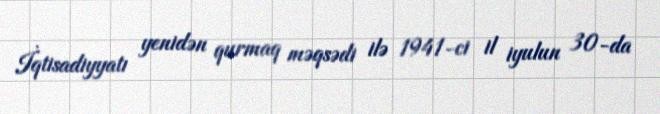
İqtisadiyyatı yenidən qurmaq məqsədi ilə 1941-ci il iyulun 30-da